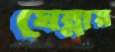
ঘেন্নায়